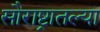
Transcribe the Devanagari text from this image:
सौराष्ट्रातल्या